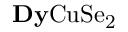
\mathrm { { \bf D y } C u S e _ { 2 } }